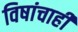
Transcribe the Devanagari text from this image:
विषांचाही